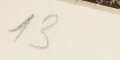
13